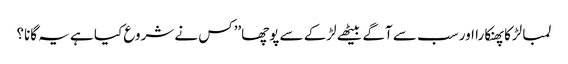
لمبا لڑکا پھنکارا اور سب سے آگے بیٹھے لڑکے سے پوچھا’’کس نے شروع کیا ہے یہ گانا؟